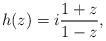
LaTeX: \begin{align*}h(z)=i \frac{1+z}{1-z}, \end{align*}